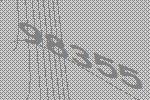
98355